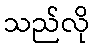
သည်လို